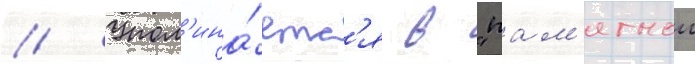
// Упом'ина́етс'я в "пам'ятнои